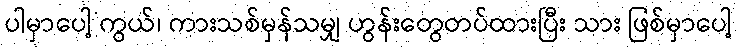
ပါမှာပေါ့ ကွယ်၊ ကားသစ်မှန်သမျှ ဟွန်းတွေတပ်ထားပြီး သား ဖြစ်မှာပေါ့